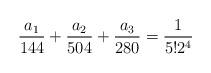
LaTeX: \begin{align*}\frac{a_1}{144}+\frac{a_2}{504}+\frac{a_3}{280}=\frac{1}{5!2^4}\end{align*}